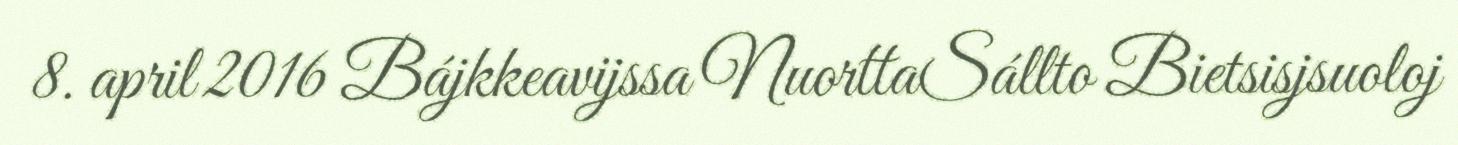
8. april 2016 Bájkkeavijssa NuorttaSállto Bietsisjsuoloj